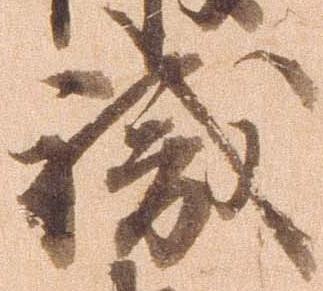
職